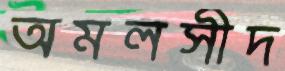
অমলসীদ